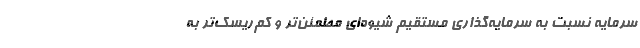
سرمایه نسبت به سرمایه‌گذاری مستقیم شیوه‌ای مطمئن‌تر و کم‌ریسک‌تر به